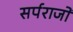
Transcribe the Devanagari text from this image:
सर्पराजों